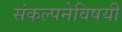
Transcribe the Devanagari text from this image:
संकल्पनेविषयी